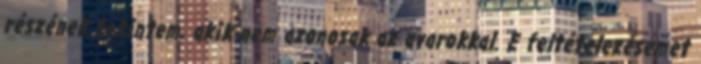
részének tekintem, akik nem azonosak az avarokkal. E feltételezésemet